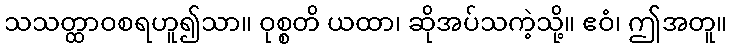
သသတ္ထာဝစရဟူ၍သာ။ ဝုစ္စတိ ယထာ၊ ဆိုအပ်သကဲ့သို့။ ဧဝံ၊ ဤအတူ။